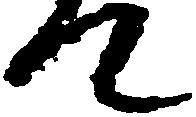
て